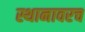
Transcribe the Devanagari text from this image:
स्थानावरच